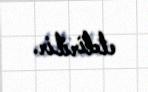
etdirilir.